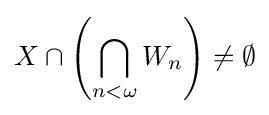
X\cap \left(\bigcap _{n<\omega }W_{n}\right)\neq \emptyset